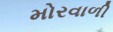
મોરવાળી